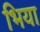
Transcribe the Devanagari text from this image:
भिया